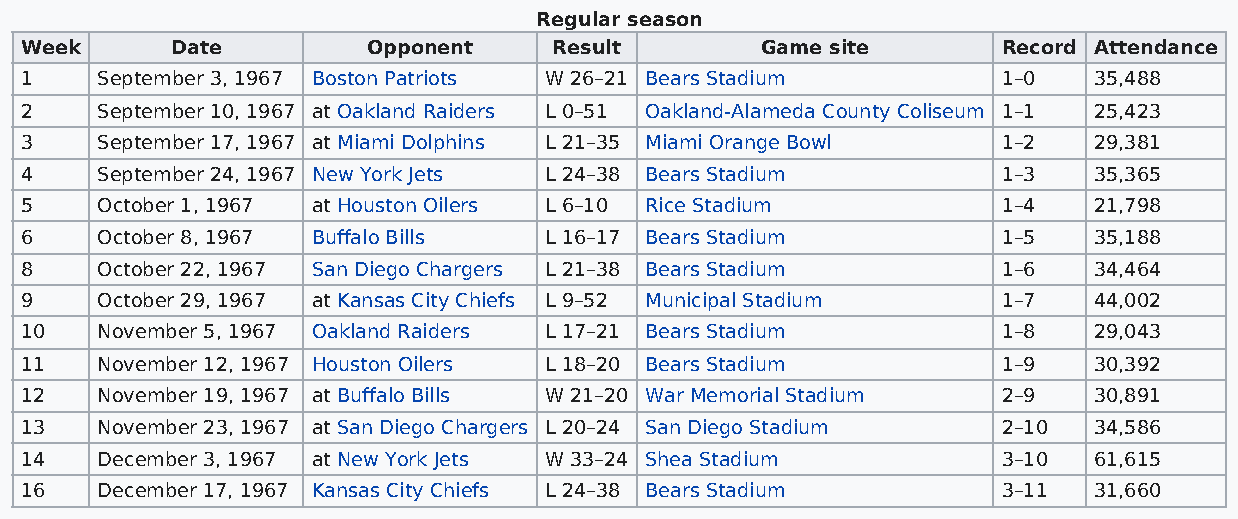
Regular season
 Week      Date         Opponent     Result       Game site       Record Attendance
 1    September 3, 1967 Boston Patriots W 26–21 Bears Stadium     1–0   35,488
 2    September 10, 1967 at Oakland Raiders L 0–51 Oakland-Alameda County Coliseum 1–1 25,423
 3    September 17, 1967 at Miami Dolphins L 21–35 Miami Orange Bowl 1–2 29,381
 4    September 24, 1967 New York Jets L 24–38 Bears Stadium      1–3   35,365
 5    October 1, 1967 at Houston Oilers L 6–10 Rice Stadium       1–4   21,798
 6    October 8, 1967 Buffalo Bills L 16–17 Bears Stadium         1–5   35,188
 8    October 22, 1967 San Diego Chargers L 21–38 Bears Stadium   1–6   34,464
 9    October 29, 1967 at Kansas City Chiefs L 9–52 Municipal Stadium 1–7 44,002
 10   November 5, 1967 Oakland Raiders L 17–21 Bears Stadium      1–8   29,043
 11   November 12, 1967 Houston Oilers L 18–20 Bears Stadium      1–9   30,392
 12   November 19, 1967 at Buffalo Bills W 21–20 War Memorial Stadium 2–9 30,891
 13   November 23, 1967 at San Diego Chargers L 20–24 San Diego Stadium 2–10 34,586
 14   December 3, 1967 at New York Jets W 33–24 Shea Stadium      3–10  61,615
 16   December 17, 1967 Kansas City Chiefs L 24–38 Bears Stadium  3–11  31,660